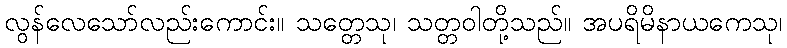
လွန်လေသော်လည်းကောင်း။ သတ္တေသု၊ သတ္တဝါတို့သည်။ အပရိမိနာယကေသု၊